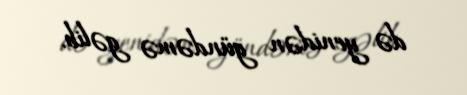
də yenidən gündəmə gəlib.